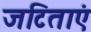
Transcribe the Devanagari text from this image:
जटिताएं